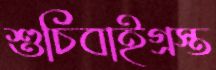
শুচিবাইগ্রস্ত